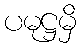
ပမုဋ္ဌမှိ